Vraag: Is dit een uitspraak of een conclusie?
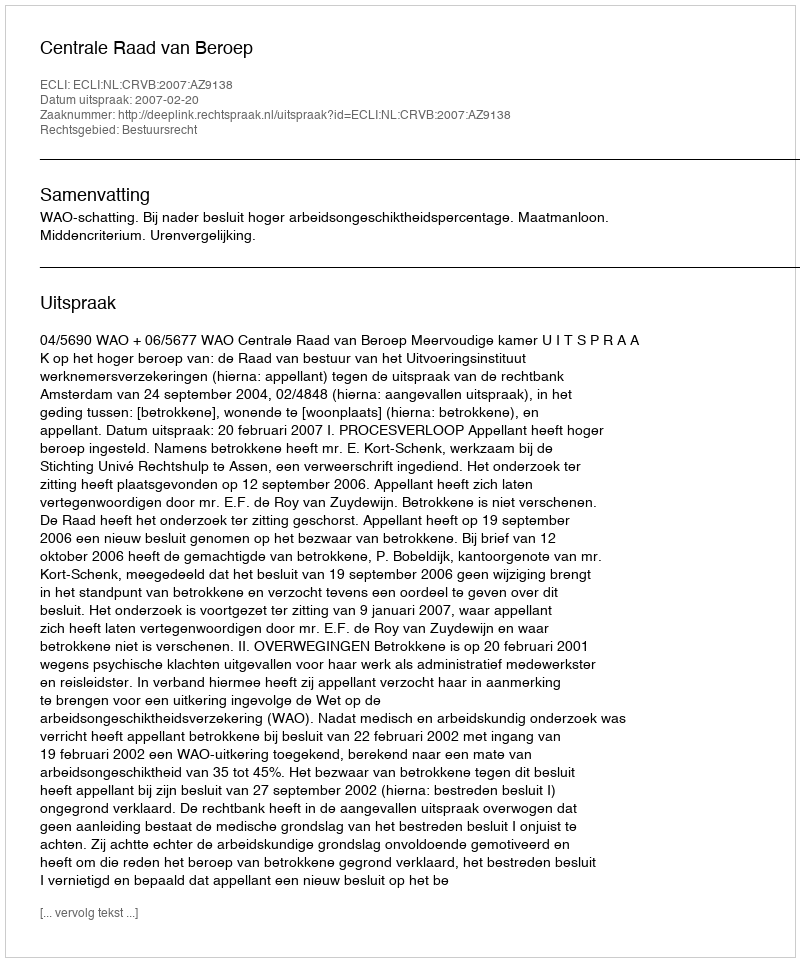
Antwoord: Uitspraak